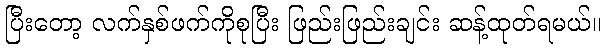
ပြီးတော့ လက်နှစ်ဖက်ကိုစုပြီး ဖြည်းဖြည်းချင်း ဆန့်ထုတ်ရမယ်။